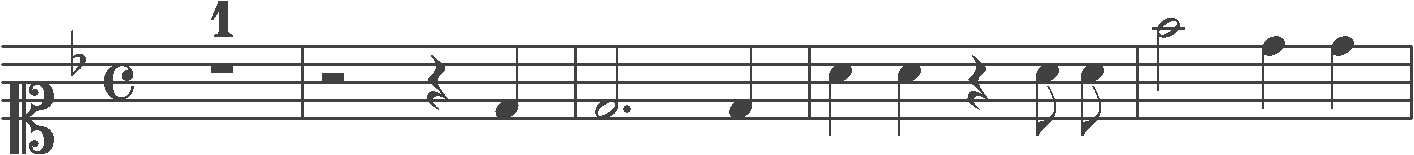
Transcription: clef-C1 keySignature-FM timeSignature-C multirest-1 barline rest-half rest-quarter note-D4_quarter barline note-D4_half. note-D4_quarter barline note-A4_quarter note-A4_quarter rest-quarter note-A4_eighth note-A4_eighth barline note-F5_half note-D5_quarter note-D5_quarter barline